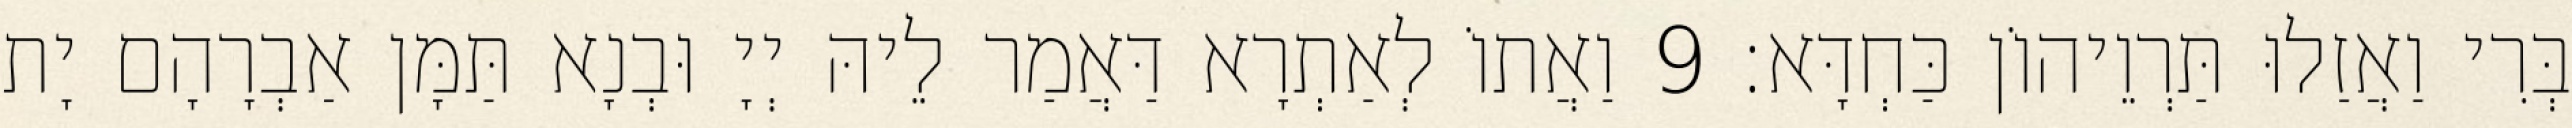
בְּרִי וַאֲזַלוּ תַּרְוֵיהוֹן כַּחְדָּא׃ 9 וַאֲתוֹ לְאַתְרָא דַּאֲמַר לֵיהּ יְיָ וּבְנָא תַּמָּן אַבְרָהָם יָת